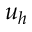
u _ { h }